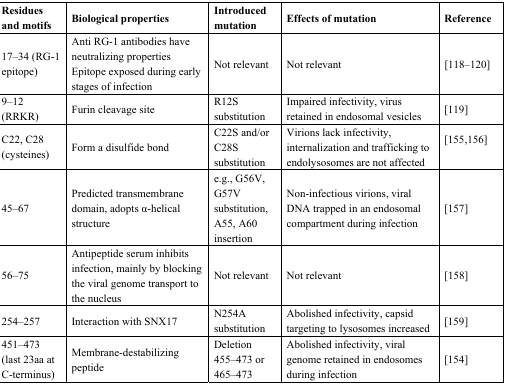
<table><thead><tr><td><b>Residues and motifs</b></td><td><b>Biological properties</b></td><td><b>Introduced mutation</b></td><td><b>Effects of mutation</b></td><td><b>Reference</b></td></tr></thead><tbody><tr><td>17–34 (RG-1 epitope)</td><td>Anti RG-1 antibodies have neutralizing propertiesEpitope exposed during early stages of infection</td><td>Not relevant</td><td>Not relevant</td><td>[118,119,120]</td></tr><tr><td>9–12 (RRKR)</td><td>Furin cleavage site</td><td>R12S substitution</td><td>Impaired infectivity, virus retained in endosomal vesicles</td><td>[119]</td></tr><tr><td>C22, C28 (cysteines)</td><td>Form a disulfide bond</td><td>C22S and/or C28S substitution</td><td>Virions lack infectivity, internalization and trafficking to endolysosomes are not affected</td><td>[155,156] </td></tr><tr><td>45–67</td><td>Predicted transmembrane domain, adopts α-helical structure</td><td>e.g., G56V, G57V substitution, A55, A60 insertion</td><td>Non-infectious virions, viral DNA trapped in an endosomal compartment during infection</td><td>[157]</td></tr><tr><td>56–75</td><td>Antipeptide serum inhibits infection, mainly by blocking the viral genome transport to the nucleus</td><td>Not relevant</td><td>Not relevant</td><td>[158]</td></tr><tr><td>254–257</td><td>Interaction with SNX17</td><td>N254A substitution</td><td>Abolished infectivity, capsid targeting to lysosomes increased</td><td>[159]</td></tr><tr><td>451–473 (last 23aa at C-terminus)</td><td>Membrane-destabilizing peptide</td><td>Deletion 455–473 or 465–473</td><td>Abolished infectivity, viral genome retained in endosomes during infection</td><td>[154]</td></tr></tbody></table>